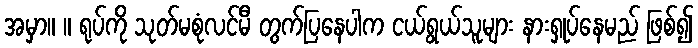
အမှာ။ ။ ရုပ်ကို သုတ်မစုံလင်မီ တွက်ပြနေပါက ငယ်ရွယ်သူများ နားရှုပ်နေမည် ဖြစ်၍